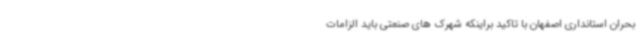
بحران استانداری اصفهان با تاکید براینکه شهرک های صنعتی باید الزامات